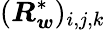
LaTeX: (\boldsymbol{R}_{\boldsymbol{w}}^{*})_{i,j,k}